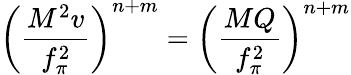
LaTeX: \left(\frac{M^{2}v}{f_{\pi}^{2}}\right)^{n+m}=\left(\frac{MQ}{f_{\pi}^{2}}\right)^{n+m}